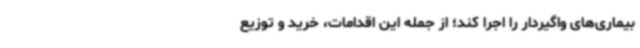
بیماری‌های واگیردار را اجرا کند؛ از جمله این اقدامات، خرید و توزیع